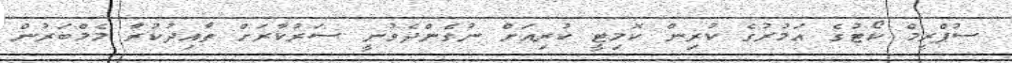
ސުޕްރީމް ކޯޓުގެ އަމުރުގެ ކުރިން ކޮމިޓީ ކުރިއަށް ނުގެންދެވުނީ ސަރުކާރަށް ތާއިދުކުރާ މެމްބަރުން